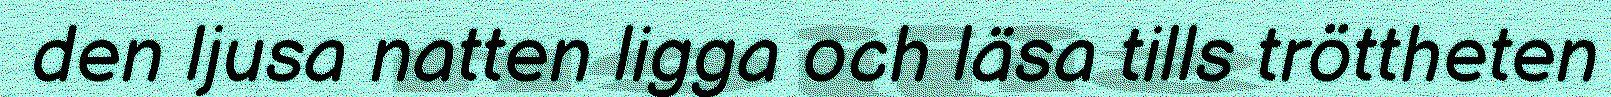
den ljusa natten ligga och läsa tills tröttheten